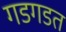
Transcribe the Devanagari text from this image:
गडगडत